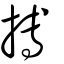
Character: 搏